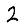
Digit: 2